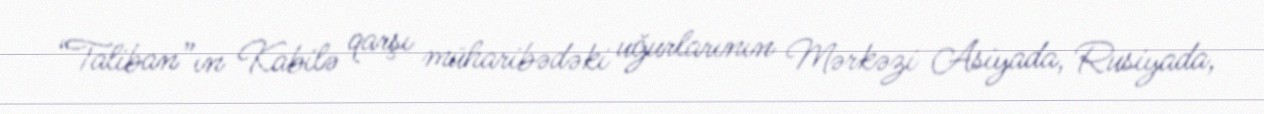
“Taliban”ın Kabilə qarşı müharibədəki uğurlarının Mərkəzi Asiyada, Rusiyada,